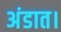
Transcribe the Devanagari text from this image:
अंडात।